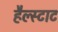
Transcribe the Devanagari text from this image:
हैल्स्टाट